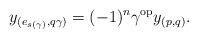
LaTeX: \begin{align*}y_{(e_{s(\gamma)}, q\gamma)}=(-1)^{n}\gamma^{\rm op} y_{(p, q)}.\end{align*}